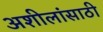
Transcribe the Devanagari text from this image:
अशीलांसाठी